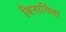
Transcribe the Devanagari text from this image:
विनाचिंता